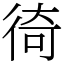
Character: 徛